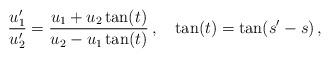
LaTeX: \begin{align*} \frac{u_1'}{u_2'} = \frac{u_1+u_2\tan(t)}{u_2-u_1\tan(t)}\,, \quad \tan(t)=\tan(s'-s)\,,\end{align*}